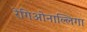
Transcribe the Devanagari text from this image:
रेगिओनाल्लिगा